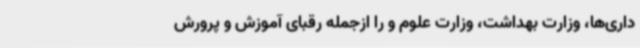
داری‌ها، وزارت بهداشت، وزارت علوم و را ازجمله رقبای آموزش ‌و پرورش